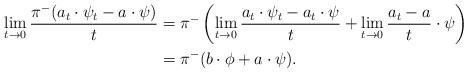
LaTeX: \begin{align*}\lim_{t\to 0} \frac{\pi^{-}(a_t\cdot\psi_t - a\cdot\psi)}{t}&= \pi^{-}\left(\lim_{t\to 0} \frac{a_t\cdot\psi_t - a_t\cdot\psi}{t} + \lim_{t\to 0} \frac{a_t - a}{t}\cdot\psi\right) \\& = \pi^{-}( b\cdot\phi + a\cdot\psi).\end{align*}